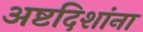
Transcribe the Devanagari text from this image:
अष्टदिशांना